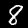
Label: 8